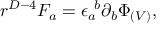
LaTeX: r ^ { D - 4 } F _ { a } = \epsilon _ { a } ^ { \ b } \partial _ { b } \Phi _ { ( V ) } ,